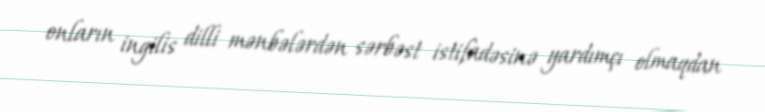
onların ingilis dilli mənbələrdən sərbəst istifadəsinə yardımçı olmaqdan